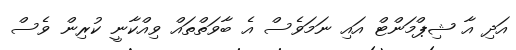
އަދި އާ ޝިޕްމަންޓް އައި ނަމަވެސް އެ ބާވަތްތައް ވިއްކާނީ ކުރިން ވެސް